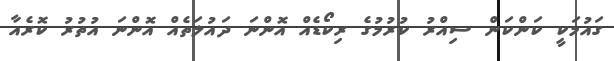
ގައުމަކީ ކަންކަން ސިއްރު ކުރުމުގެ ރިކޯޑެއް އޮންނަ ދައުލަތެއް އޮންނަ އުތުރު ކޮރެއާ